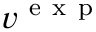
v ^ { \mathrm { ~ e ~ x ~ p ~ } }